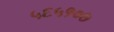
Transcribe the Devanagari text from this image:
५६५१०७